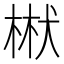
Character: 𭪝